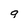
Character: g